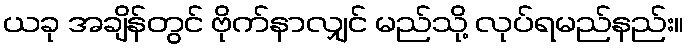
ယခု အချိန်တွင် ဗိုက်နာလျှင် မည်သို့ လုပ်ရမည်နည်း။